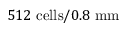
5 1 2 ~ { \mathrm { c e l l s } } / { 0 . 8 ~ \mathrm { m m } }